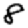
Digit: 8